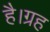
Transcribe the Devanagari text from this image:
है।ग्रह